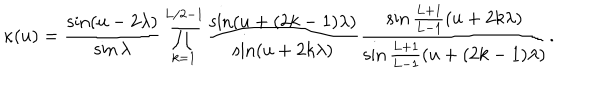
\kappa ( u ) = \frac { \sin ( u - 2 \lambda ) } { \sin \lambda } \prod _ { k = 1 } ^ { L / 2 - 1 } \frac { \sin ( u + ( 2 k - 1 ) \lambda ) } { \sin ( u + 2 k \lambda ) } \frac { \sin \frac { L + 1 } { L - 1 } ( u + 2 k \lambda ) } { \sin \frac { L + 1 } { L - 1 } ( u + ( 2 k - 1 ) \lambda ) } .